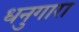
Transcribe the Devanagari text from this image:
धनुगारा